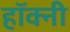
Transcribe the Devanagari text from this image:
हॉक्नी